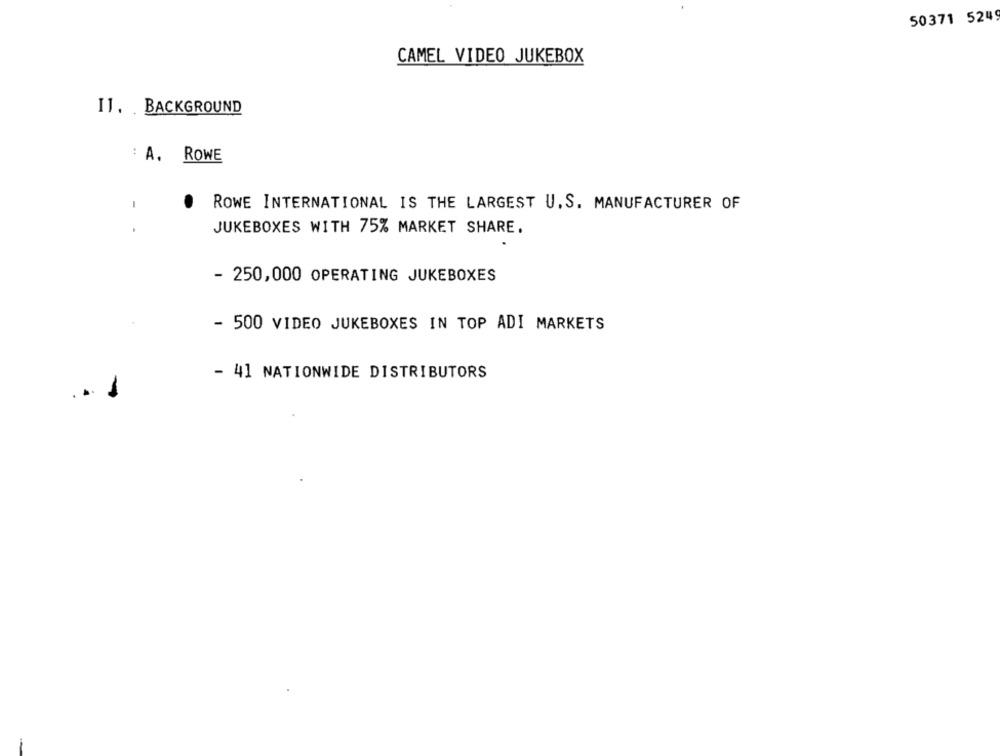
50371 5249
CAMEL VIDEO JUKEBOX
I1. . BACKGROUND
: A. ROWE
ROWE INTERNATIONAL IS THE LARGEST U. S. MANUFACTURER OF
JUKEBOXES WITH 75% MARKET SHARE.
- 250,000 OPERATING JUKEBOXES
- 500 VIDEO JUKEBOXES IN TOP ADI MARKETS
- 41 NATIONWIDE DISTRIBUTORS